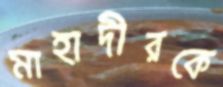
মাহাদীরকে